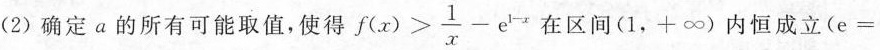
(2)确定a的所有可能取值，使得 $$f(x)> \frac{1}{x}-e^{1-x}$$ 在区间(1，+\infty)内恒成立(e=